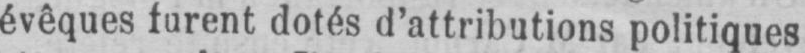
évêques furent dotés d’attributions politiques